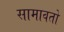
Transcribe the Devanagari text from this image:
सामावतो